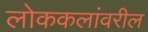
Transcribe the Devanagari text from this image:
लोककलांवरील